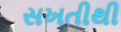
સખતીથી